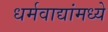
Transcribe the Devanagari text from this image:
धर्मवाद्यांमध्ये